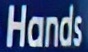
Hands